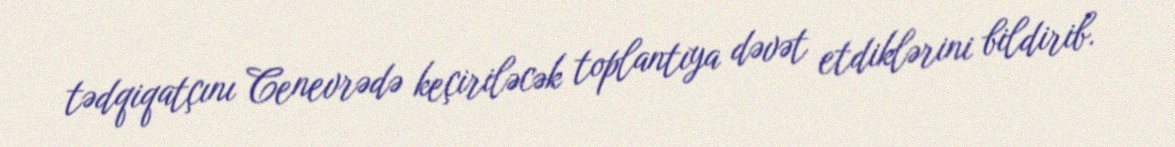
tədqiqatçını Cenevrədə keçiriləcək toplantıya dəvət etdiklərini bildirib.